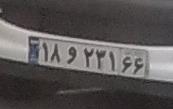
۱۸و۲۳۱۶۶